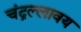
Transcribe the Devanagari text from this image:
चंद्रल्लावय